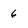
Character: 6